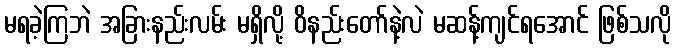
မရခဲ့ကြဘဲ အခြားနည်းလမ်း မရှိလို့ ဝိနည်းတော်နဲ့လဲ မဆန့်ကျင်ရအောင် ဖြစ်သလို